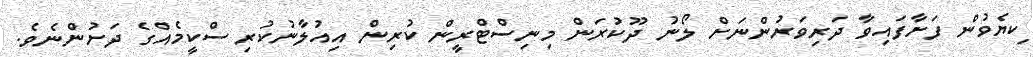
ކިޔެވުން ފަށާފައިވާ ދަރިވަރުންނަށް ލޯނު ދޫކުރަން މިނިސްޓްރީން ކުރިން އިއުލާނުކުރި ސްކީމެއްގެ ދަށުންނެވެ.